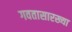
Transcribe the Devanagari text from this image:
गवतासारख्या